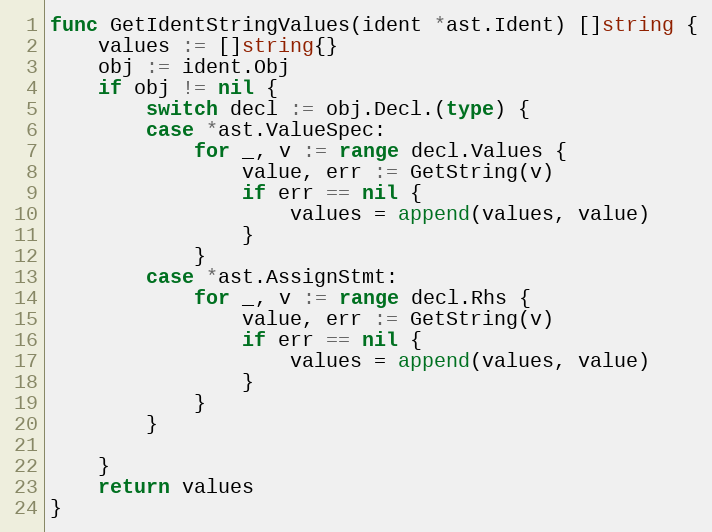
Language: Go
func GetIdentStringValues(ident *ast.Ident) []string {
	values := []string{}
	obj := ident.Obj
	if obj != nil {
		switch decl := obj.Decl.(type) {
		case *ast.ValueSpec:
			for _, v := range decl.Values {
				value, err := GetString(v)
				if err == nil {
					values = append(values, value)
				}
			}
		case *ast.AssignStmt:
			for _, v := range decl.Rhs {
				value, err := GetString(v)
				if err == nil {
					values = append(values, value)
				}
			}
		}

	}
	return values
}